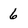
Character: 6